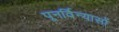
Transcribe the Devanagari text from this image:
पूनर्विन्यासों